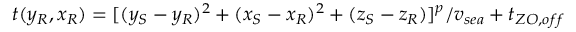
t ( y _ { R } , x _ { R } ) = [ ( y _ { S } - y _ { R } ) ^ { 2 } + ( x _ { S } - x _ { R } ) ^ { 2 } + ( z _ { S } - z _ { R } ) ] ^ { p } / v _ { s e a } + t _ { Z O , o f f }